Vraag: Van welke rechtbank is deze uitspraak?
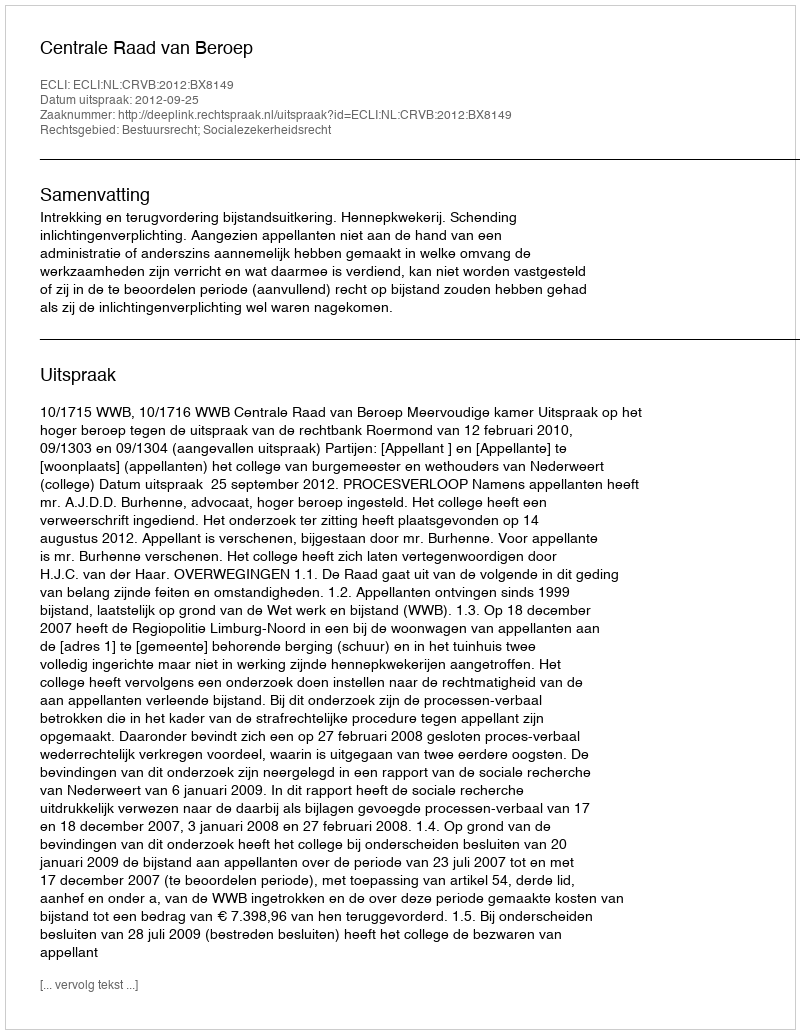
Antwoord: Centrale Raad van Beroep